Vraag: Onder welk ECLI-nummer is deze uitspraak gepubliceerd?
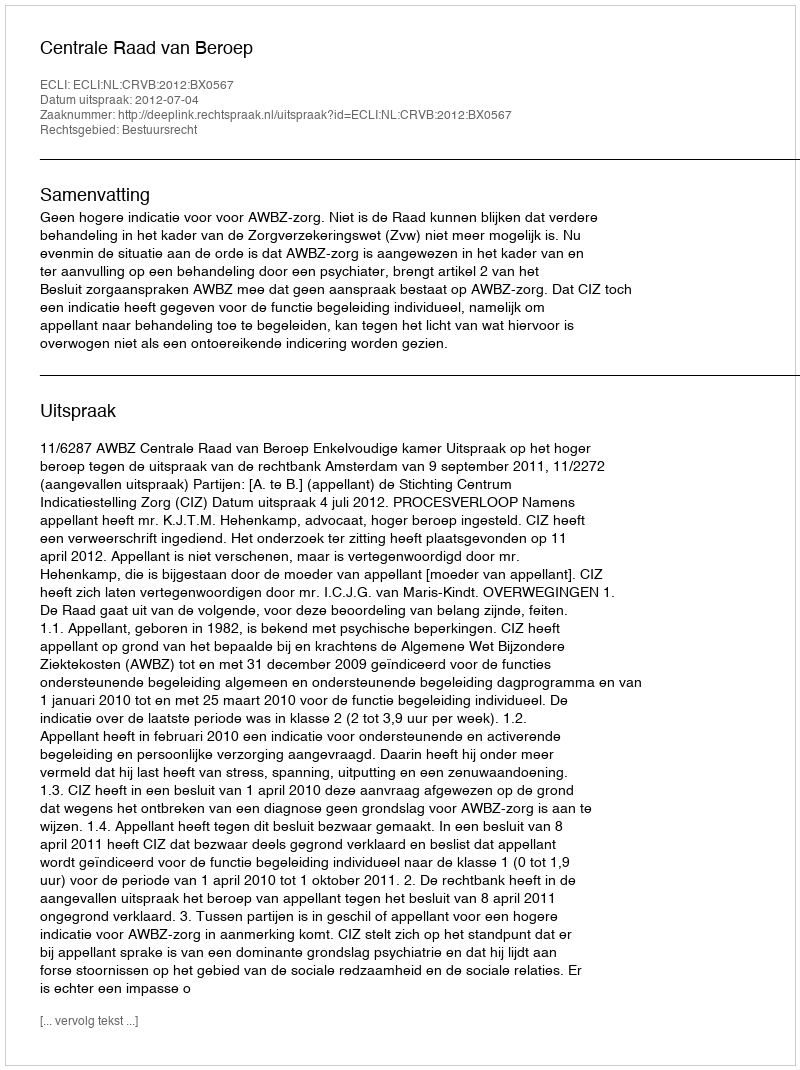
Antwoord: ECLI:NL:CRVB:2012:BX0567